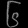
Digit: ၆